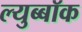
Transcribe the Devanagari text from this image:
ल्युब्बॉक